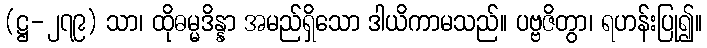
(ဋ္ဌ-၂၇၉) သာ၊ ထိုဓမ္မဒိန္နာ အမည်ရှိသော ဒါယိကာမသည်။ ပဗ္ဗဇိတွာ၊ ရဟန်းပြု၍။